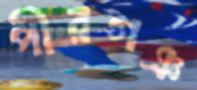
পীরগঞ